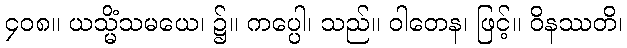
၄၀၈။ ယသ္မိံသမယေ၊ ၌။ ကပ္ပေါ၊ သည်။ ဝါတေန၊ ဖြင့်။ ဝိနဿတိ၊